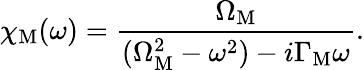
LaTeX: \chi_{\mathrm{M}}(\omega)=\frac{\Omega_{\mathrm{M}}}{(\Omega_{\mathrm{M}}^{2}-\omega^{2})-i\Gamma_{\mathrm{M}}\omega}.